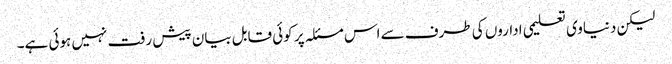
لیکن دنیاوی تعلیمی اداروں کی طرف سے اس مسئلہ پر کوئی قابل بیان پیش رفت نہیں ہوئی ہے۔